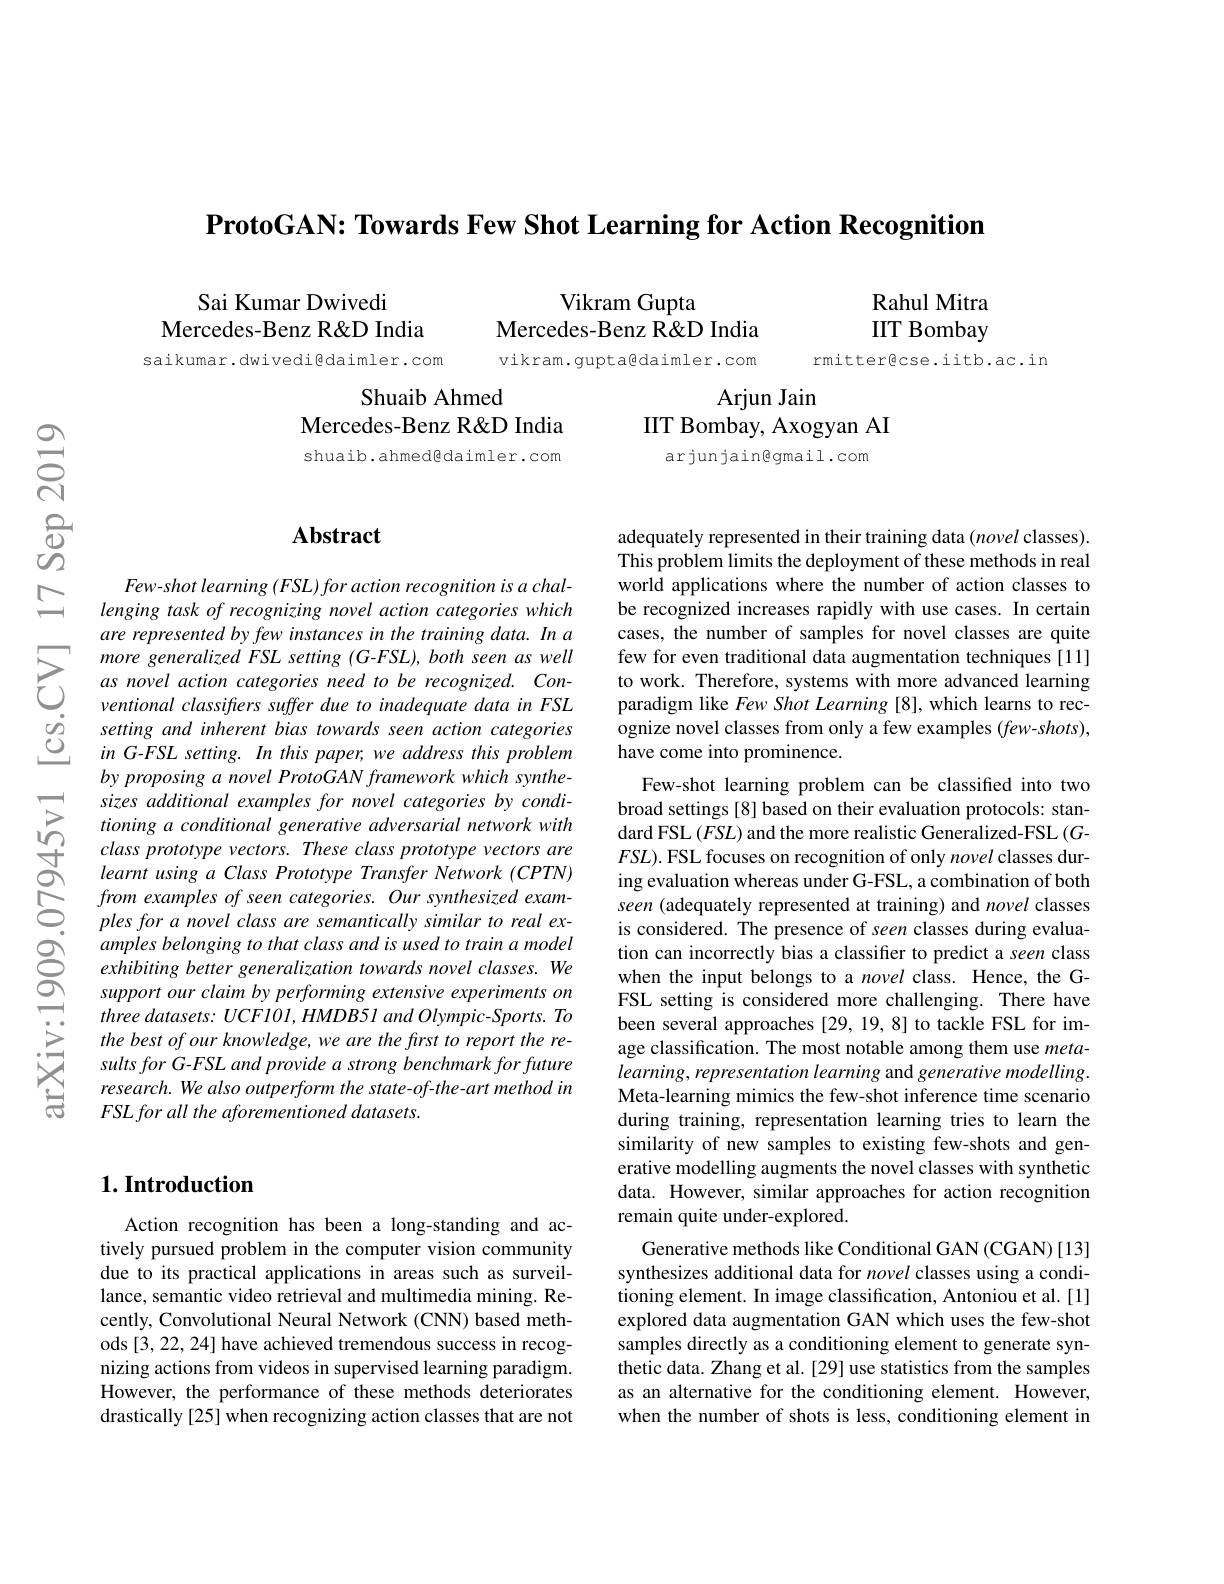
$\textbf{ProtoGAN: Towards Few Shot Learning for Action Recognition}$

Sai Kumar Dwivedi
Mercedes- Benz R$\&$D India

Rahul Mitra IIT Bombay

Vikram Gupta
Mercedes-Benz R&D India vikram.gupta@daimler.com

rmitter@cse.iitb.ac.in

saikumar.dwivedi@daimler.com

Shuaib Ahmed
Mercedes-Benz R&D India shuaib. ahmed@ daimler. com

Arjun Jain
IIT Bombay, Axogyan AI
arjunjain@gmail.com

### $\mathbf{Abstract}$

adequately represented in their training data (novel classes). This problem limits the deployment of these methods in real world applications where the number of action classes to be recognized increases rapidly with use cases. In certain cases, the number of samples for novel classes are quite few for even traditional data augmentation techniques [11] to work. Therefore, systems with more advanced learning paradigm like Few Shot Learning [8], which learns to recognize novel classes from only a few examples (few-shots), have come into prominence.

lenging task of recognizing novel action categories which are represented by few instances in the training data. In a more generalized FSL setting (G-FSL), both seen as well as novel action categories need to be recognized. Conventional classifrers suffer due to inadequate data in FSL setting and inherent bias towards seen action categories $inG-FSL$ setting. In this paper, we address this problem by proposing a novel ProtoGAN framework which synthesizes additional examples for novel categories by conditioning a conditional generative adversarial network with classprototype vectors. These class prototype vectors are learnt using a Class Prototype Transfer Network (CPTN) from examples of seen categories. Our synthesized examples for a novel class are semantically similar to real examples belonging to that class and is used to train a model exhibiting better generalization towards novel classes. We support our claim by performing extensive experiments on three datasets: UCF101, HMDB51 and Olympic-Sports. To the best of our knowledge, we are the first to report the results for G-FSL and provide a strong benchmark for future research. We also outperform the state-of-the-art method in $FSL\textit{for all the aforementioned datasets. }$

Few-shot learning problem can be classified into two broad settings[8] based on their evaluation protocols: standard FSL $(FSL)$ and the more realistic Generalized-FSL $(G-1)$ $FSL).$ FSL focuses on recognition of only novel classes during evaluation whereas under G-FSL, a combination of both seen (adequately represented at training) and novel classes is considered. The presence of seen classes during evaluation can incorrectly bias a classifier to predict a seen class when the input belongs to a novel class. Hence, the GFSL setting is considered more challenging. There have been several approaches [29, 19, 8] to tackle FSL for image classification. The most notable among them use metalearning, representation learning and generative modelling. Meta-learning mimics the few-shot inference time scenario during training, representation learning tries to learn the similarity of new samples to existing few-shots and generative modelling augments the novel classes with synthetic data. However, similar approaches for action recognition remain quite under-explored.
Generative methods like Conditional GAN (CGAN) [13] synthesizes additional data for novel classes using a conditioning element. In image classification, Antoniou et al.[1] explored data augmentation GAN which uses the few-shot samples directly as a conditioning element to generate synthetic data. Zhang et al. [29] use statistics from the samples as an alternative for the conditioning element. However, when the number of shots is less, conditioning element in

## $1. \textbf{Introduction}$

Action recognition has been a long-standing and actively pursued problem in the computer vision community due to its practical applications in areas such as surveillance, semantic video retrieval and multimedia mining. Recently, Convolutional Neural Network (CNN) based methods [3, 22, 24] have achieved tremendous success in recognizing actions from videos in supervised learning paradigm. However, the performance of these methods deteriorates drastically [25] when recognizing action classes that are not